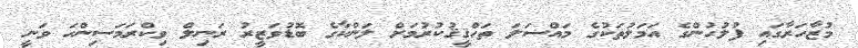
މުޒާހަރާގައި ފުލުހުންގެ އަމަލުތަކުގެ މައްސަލަ ތަހްޤީޤުކުރުމަށް ލަންކާގެ ބޮޑުވަޒީރު ރަނިލް ވިކްރަމަސިންހަ ވަނީ